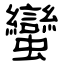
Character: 蠻